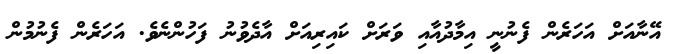
އޭނާއަށް އަހަރެން ފެނުނީ އިމާދުއާއި ވަރަށް ކައިރިއަށް އާދެވުނު ފަހުންނެވެ. އަހަރެން ފެނުމުން